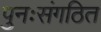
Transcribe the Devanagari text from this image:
पुनःसंगठित